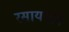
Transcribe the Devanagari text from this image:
रसायनाने